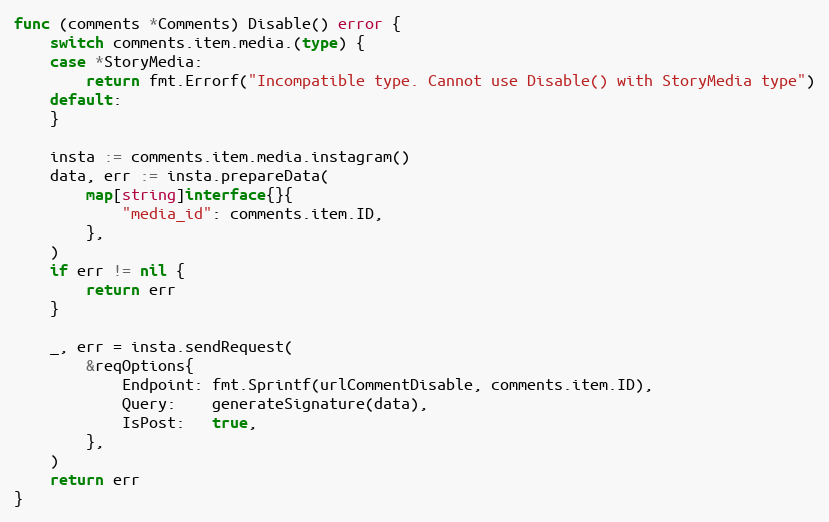
Language: Go
func (comments *Comments) Disable() error {
	switch comments.item.media.(type) {
	case *StoryMedia:
		return fmt.Errorf("Incompatible type. Cannot use Disable() with StoryMedia type")
	default:
	}

	insta := comments.item.media.instagram()
	data, err := insta.prepareData(
		map[string]interface{}{
			"media_id": comments.item.ID,
		},
	)
	if err != nil {
		return err
	}

	_, err = insta.sendRequest(
		&reqOptions{
			Endpoint: fmt.Sprintf(urlCommentDisable, comments.item.ID),
			Query:    generateSignature(data),
			IsPost:   true,
		},
	)
	return err
}